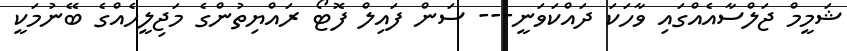
ޝަމީމް ޖަލްސާއެއްގައި ވާހަކަ ދައްކަވަނީ--- ސަން ފައިލް ފޮޓޯ ރައްޔިތުންގެ މަޖިލީހެއްގެ ބޭނުމަކީ